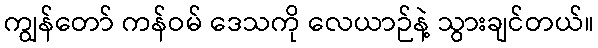
ကျွန်တော် ကန်ဝမ် ဒေသကို လေယာဉ်နဲ့ သွားချင်တယ်။